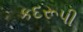
કદરૂપી